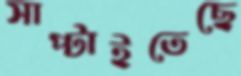
সাপ্‌টাইতেছে